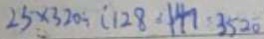
2 5 \times 3 2 0 \div ( 1 2 8 \cdot 1 4 1 \cdot 3 5 2 0 )